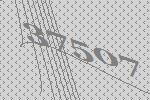
37507